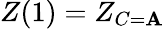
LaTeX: Z(1)=Z_{C=\mathbf{A}}